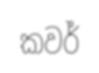
කවර්